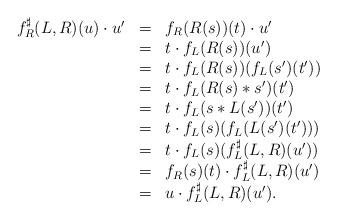
LaTeX: \begin{align*}\begin{array}{lll}f^\sharp_R(L,R)(u)\cdot u'&=&f_R(R(s))(t)\cdot u'\\&=&t\cdot f_L(R(s))(u')\\&=&t\cdot f_L(R(s))(f_L(s')(t'))\\&=&t\cdot f_L(R(s)*s')(t')\\&=&t\cdot f_L(s*L(s'))(t')\\&=&t\cdot f_L(s)(f_L(L(s')(t')))\\&=&t\cdot f_L(s)(f^\sharp_L(L,R)(u'))\\&=&f_R(s)(t)\cdot f^\sharp_L(L,R)(u')\\&=&u\cdot f^\sharp_L(L,R)(u').\end{array}\end{align*}